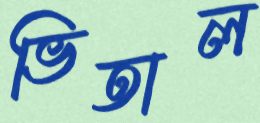
ভিতাল